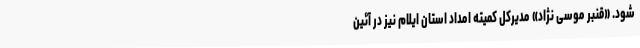
شود. «قنبر موسی نژاد» مدیرکل کمیته امداد استان ایلام نیز در آئین